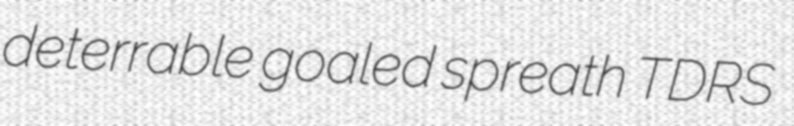
deterrable goaled spreath TDRS